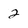
Character: 2